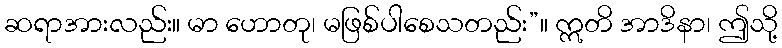
ဆရာအားလည်း။ မာ ဟောတု၊ မဖြစ်ပါစေသတည်း”။ ဣတိ အာဒိနာ၊ ဤသို့